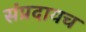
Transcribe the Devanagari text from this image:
संप्रदायच